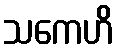
သကေဟိ